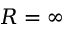
R = \infty